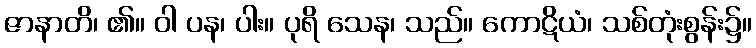
ဇာနာတိ၊ ၏။ ဝါ ပန၊ ပါး။ ပုရိ သေန၊ သည်။ ကောဋိယံ၊ သစ်တုံးစွန်း၌။